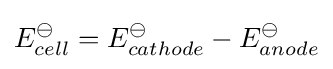
E_{cell}^{\ominus }=E_{cathode}^{\ominus }-E_{anode}^{\ominus }